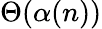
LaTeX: \Theta(\alpha(n))